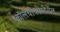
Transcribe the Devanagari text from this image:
कॉलचीकोस्टेरॉल